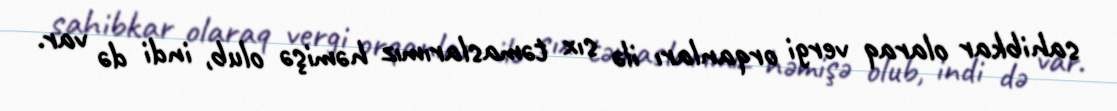
sahibkar olaraq vergi orqanları ilə sıx təmaslarımız həmişə olub, indi də var.